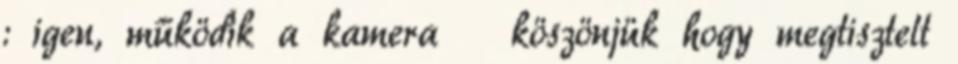
: igen, működik a kamera 🙂 köszönjük hogy megtisztelt